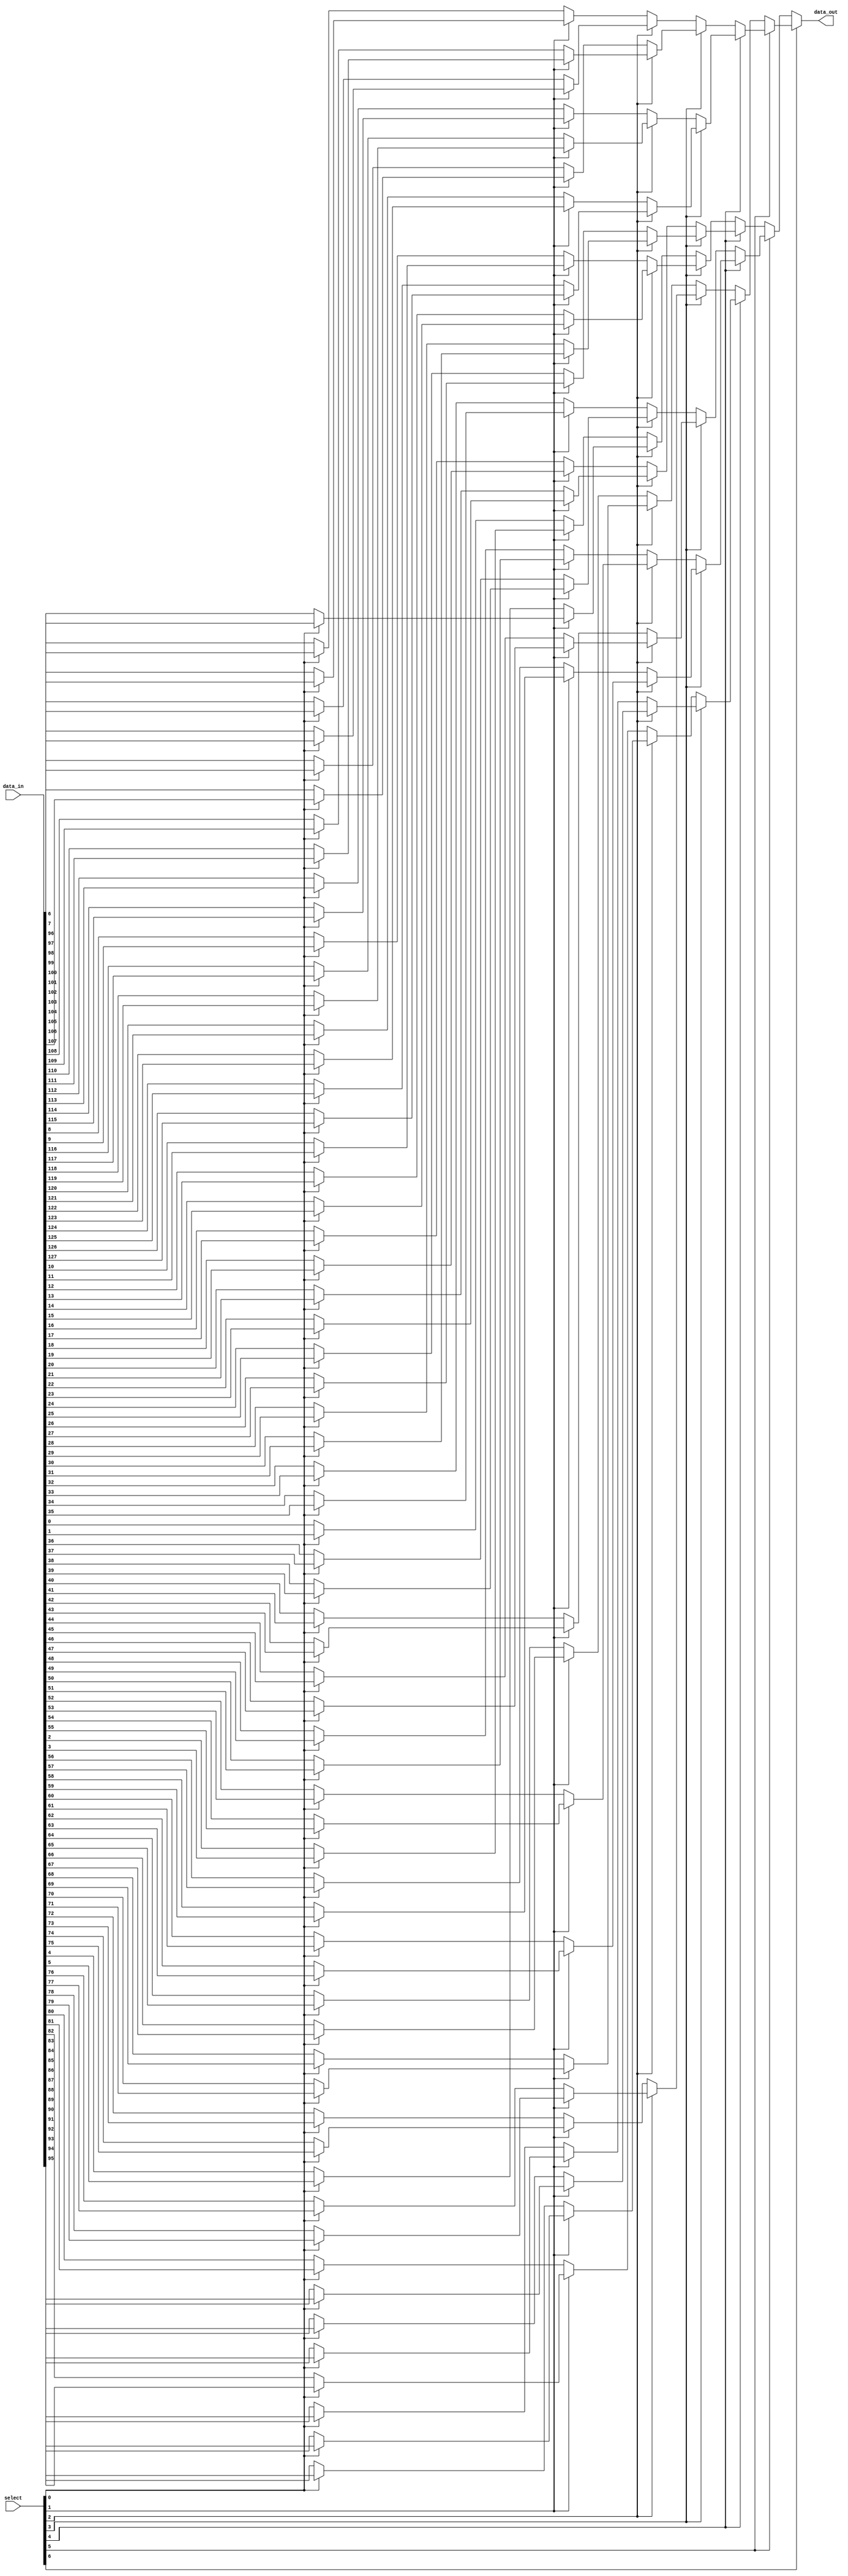
module mux_128to1 (
    input wire [127:0] data_in,
    input wire [6:0] select,
    output reg data_out
);

reg [127:0] intermediate_signals [6:0];

// First stage of 2:1 multiplexers
genvar i;
generate 
    for (i = 0; i < 64; i = i + 1) begin
        always @* begin
            intermediate_signals[0][i] = select[0] ? data_in[2*i+1] : data_in[2*i];
        end
    end
endgenerate

// Second stage of 2:1 multiplexers
generate
    for (i = 0; i < 32; i = i + 1) begin
        always @* begin
            intermediate_signals[1][i] = select[1] ? intermediate_signals[0][2*i+1] : intermediate_signals[0][2*i];
        end
    end
endgenerate

// Third stage of 2:1 multiplexers
generate
    for (i = 0; i < 16; i = i + 1) begin
        always @* begin
            intermediate_signals[2][i] = select[2] ? intermediate_signals[1][2*i+1] : intermediate_signals[1][2*i];
        end
    end
endgenerate

// Fourth stage of 2:1 multiplexers
generate
    for (i = 0; i < 8; i = i + 1) begin
        always @* begin
            intermediate_signals[3][i] = select[3] ? intermediate_signals[2][2*i+1] : intermediate_signals[2][2*i];
        end
    end
endgenerate

// Fifth stage of 2:1 multiplexers
generate
    for (i = 0; i < 4; i = i + 1) begin
        always @* begin
            intermediate_signals[4][i] = select[4] ? intermediate_signals[3][2*i+1] : intermediate_signals[3][2*i];
        end
    end
endgenerate

// Sixth stage of 2:1 multiplexers
generate
    for (i = 0; i < 2; i = i + 1) begin
        always @* begin
            intermediate_signals[5][i] = select[5] ? intermediate_signals[4][2*i+1] : intermediate_signals[4][2*i];
        end
    end
endgenerate

// Seventh stage of 2:1 multiplexers
always @* begin
    data_out = select[6] ? intermediate_signals[5][1] : intermediate_signals[5][0];
end

endmodule